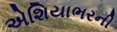
એશિયાભરની